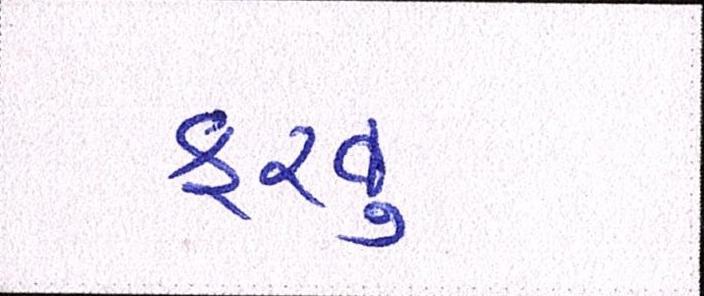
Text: ફરવુ